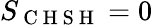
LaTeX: S_{\mathrm{~C~H~S~H~}}=0